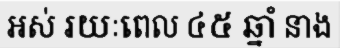
អស់ រយៈពេល ៤៥ ឆ្នាំ នាង